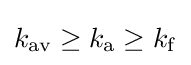
k_{\mathrm {av} }\geq k_{\mathrm {a} }\geq k_{\mathrm {f} }